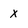
Character: X